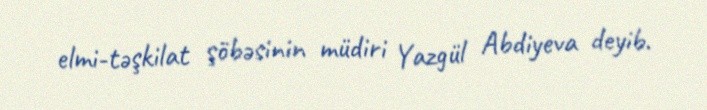
elmi-təşkilat şöbəsinin müdiri Yazgül Abdiyeva deyib.